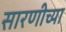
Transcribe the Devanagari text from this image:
सारणीच्या